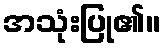
အသုံးပြု၏။